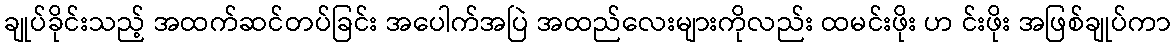
ချုပ်ခိုင်းသည့် အထက်ဆင်တပ်ခြင်း အပေါက်အပြဲ အထည်လေးများကိုလည်း ထမင်းဖိုး ဟ င်းဖိုး အဖြစ်ချုပ်ကာ